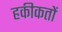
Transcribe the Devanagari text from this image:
हकीकतों